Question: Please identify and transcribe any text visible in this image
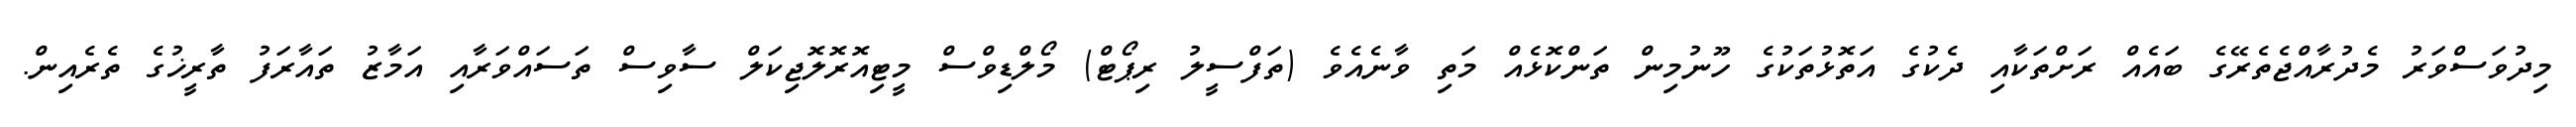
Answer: މިދުވަސްވަރު މެދުރާއްޖެތެރޭގެ ބައެއް ރަށްތަކާއި ދެކުގެ އަތޮޅުތަކުގެ ހޫނުމިން ތަންކޮޅެއް މަތި ވާނެއެވެ (ތަފްސީލު ރިޕޯޓް) މޯލްޑިވްސް މީޓިއޮރޮލޮޖިކަލް ސާވިސް ތަސައްވަރާއި އަމާޒު ތައާރަފު ތާރީޚުގެ ތެރެއިން.